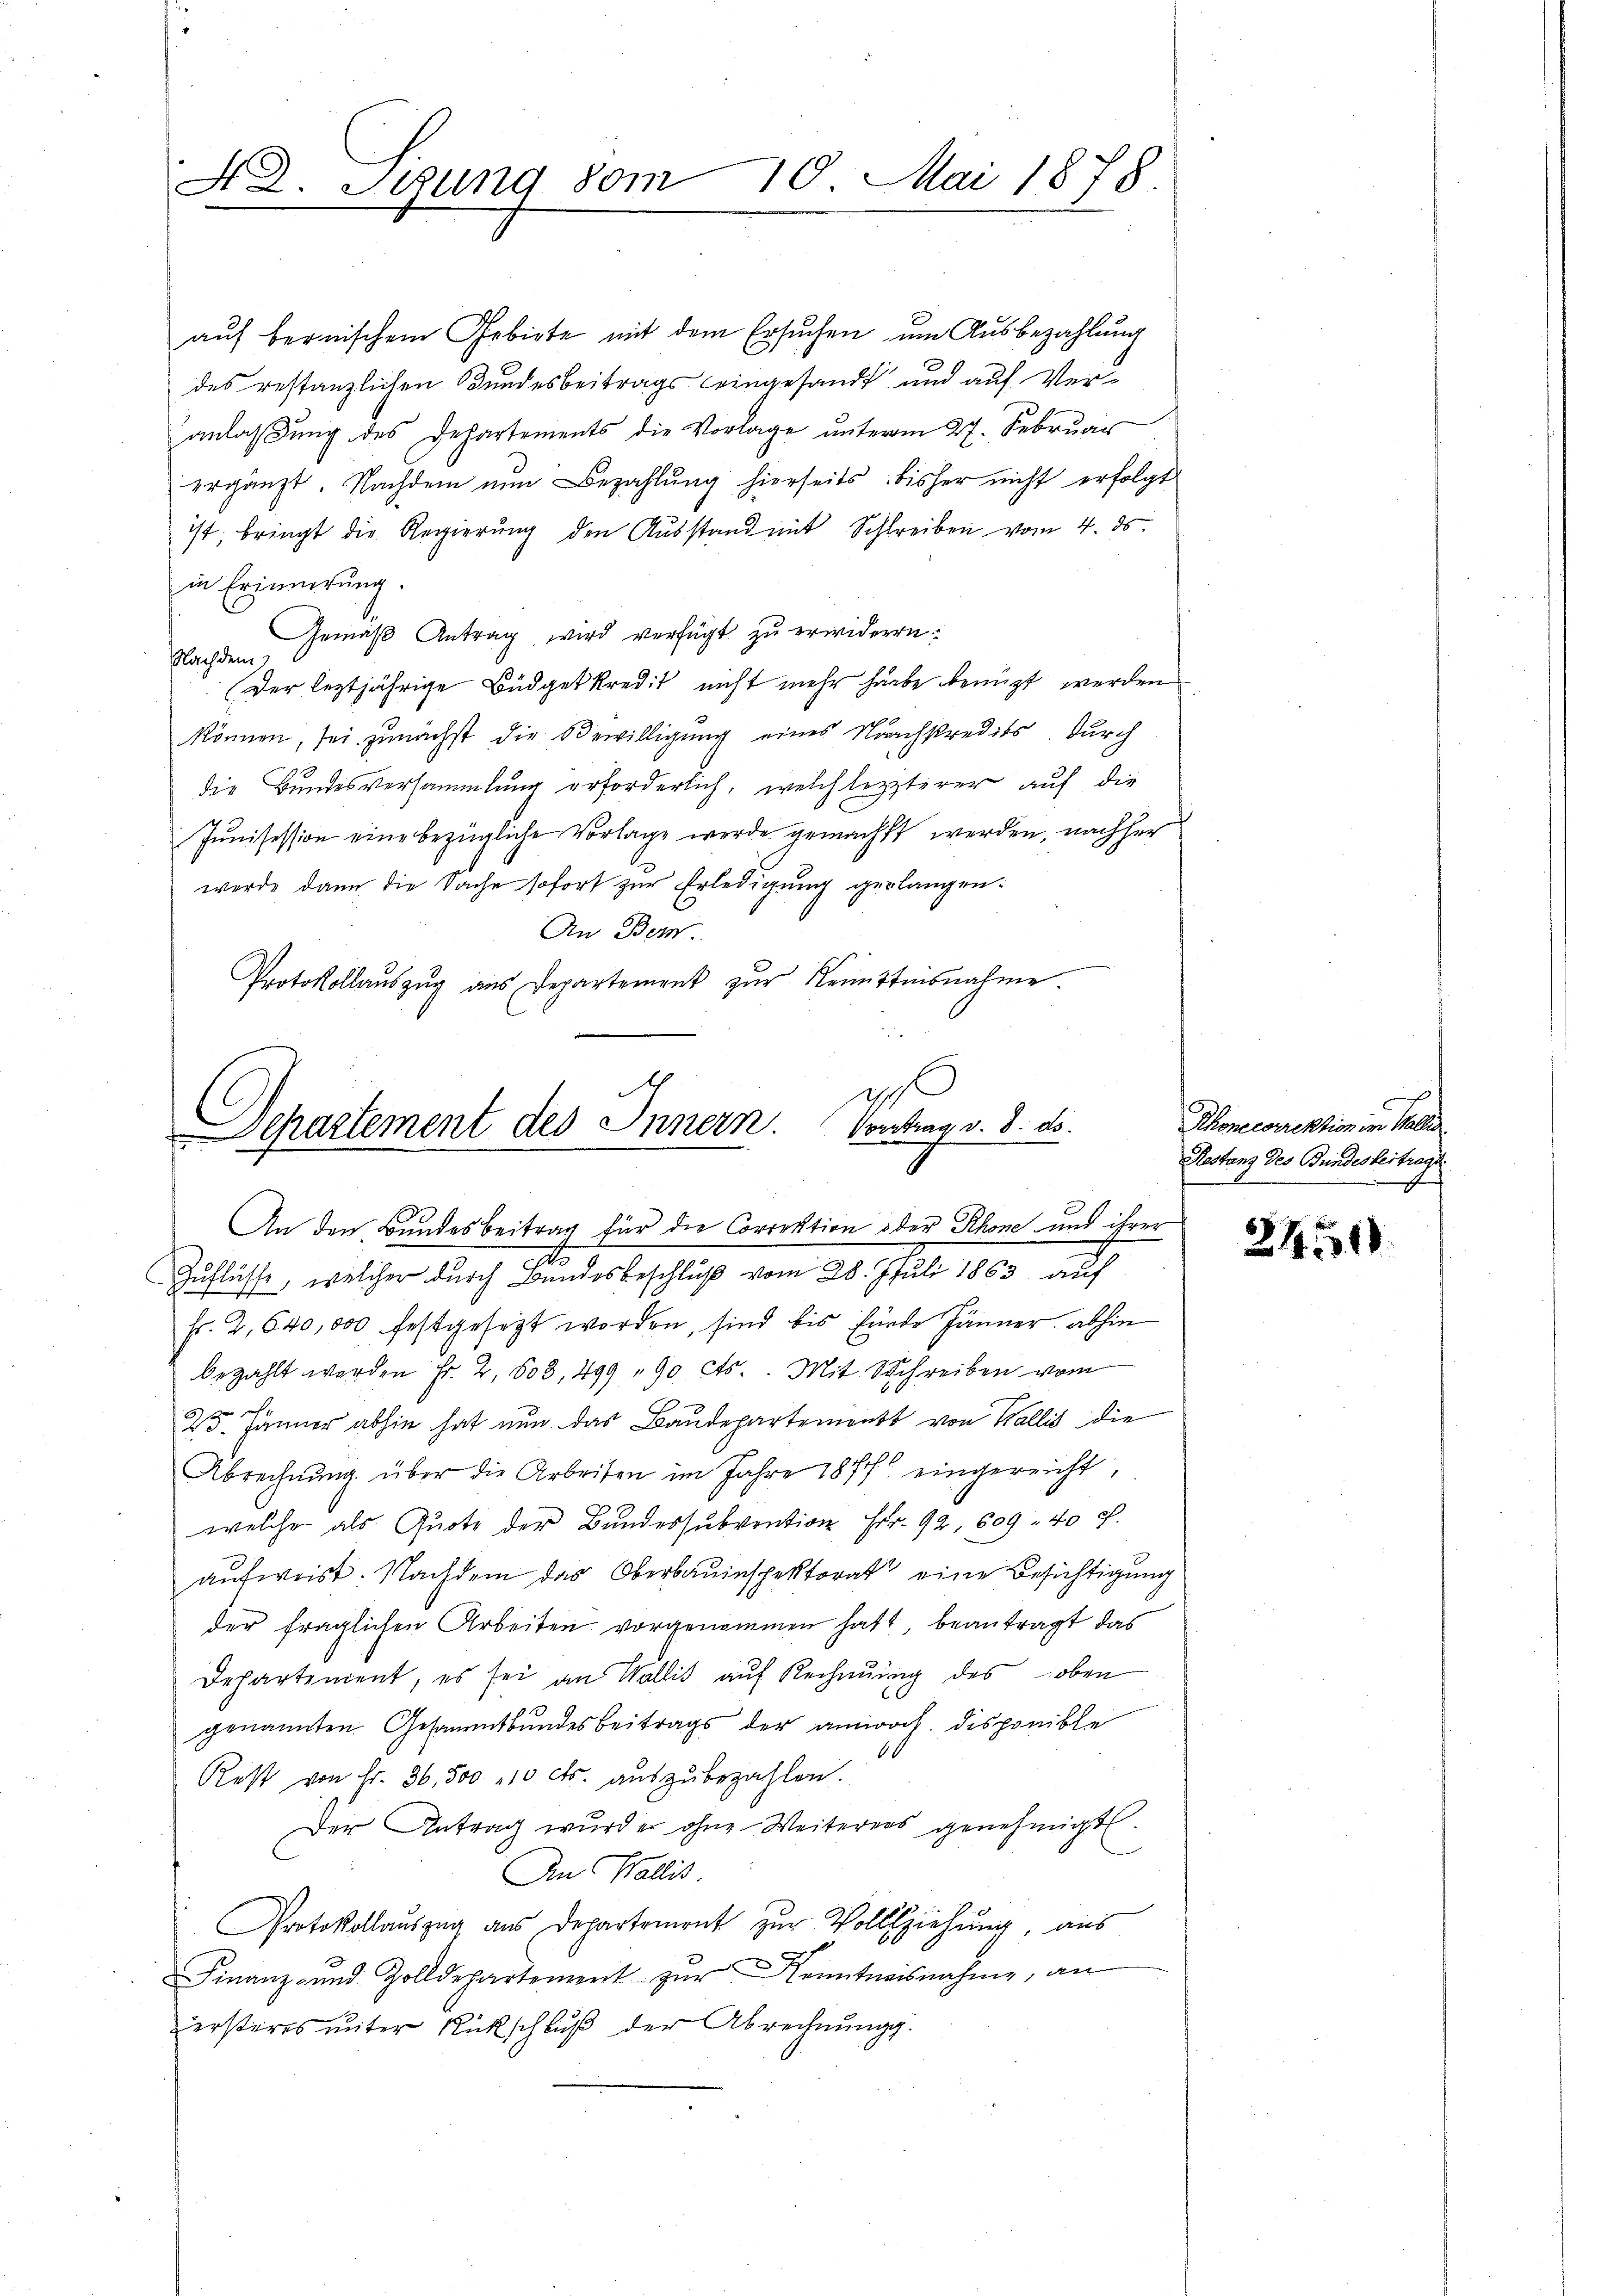
S. D. Sitzung vom 10. Mai 1878

auf bernischem Gebiete mit dem Ersuchen um Ausbezahlung
des restanzlichen Bundesbeitrags eingesandt und auf Veranlaßung des Departements die Vorlage unterm 27. Februar
ergänzt. Nachdem nŭn Bezahlŭng hierseits bisher nicht erfolgt
ist bringt die Regierung den Ausstand mit Schreiben vom 4. ds.
in Erinnerung:
Gemäβ Antrag wird verfügt zu erwideren.
Nachdem
(Der leztjährige Büdgetkredit nicht mehr habe benuzt werden
können, sei zunächst die Bewilligŭng eines Nachkredits. Durch
die Bundesversammlung erforderlich, welch lezterer auf die
Junisession eine bezügliche Vorlage werde gemacht werden, nachher
werde dann die Sache sofort zur Erledigung gelangen:
An Ber
Protokollaŭszŭg aŭs Departement zŭr Kenntnisnahme

.
i
epartement des Innern. Contrag v. 8. ds.
.
An den Bundesbeitrag für die Correktion oder Rhone und ihrer
do
Zuflüsse, welcher durch Bundesbeschluß vom 28. Juli 1863 auch

fr. 2, 640,000 festgesezt worden, sind bis funde Jänner abhin
bezahlt werden Fr. 2, 603, 499 " 90 cts.. Mit Schreiben vom
enach
23. Jänner abhin hat nun das Baudepartements von Wallis die
Abrechnung über die Arbeiten im Jahre 1877 eingereicht,
welche als Quote der Bundessubvention Fr. 92, 609. 40 x
aufweist. Nachdem das Oberbauinspektorat eine Besichtigung
der fraglichen Arbeiten vorgenommen hatt, beantragt das
Departement, es sei an Wallis auf Rechnŭng des oben
genannten Gesammtbundesbeitrags der anwoch disponible
0
Rest von Fr. 36,500. 10 cts. aŭszŭbezahlen.
Der Antrag wurde ohne Weiterers genehmigt.
An Wallis
Protokollauszug aus Departement zur Vollziehung, aus
Finanz- und Zolldepartement zŭr Kenntnisnahme, an
zersteres unter Rückschluß der Abrechnung.

Rhonerdirektion im Wallis
Restanz des Bundesvertrage

2431